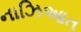
નાઝિઆત